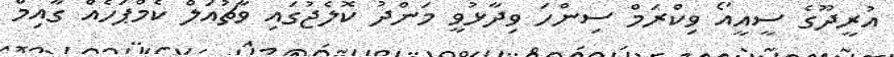
އުރީދޫގެ ސީއީއޯ ވިކްރަމް ސިންހަ ވިދާޅުވީ މަންދު ކޮޮލެޖުގައި ވާޗުއަލް ކެމްޕަހެއް ގާއިމް